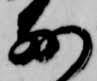
前